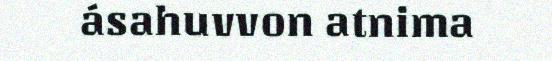
ásahuvvon atnima